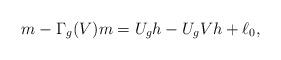
LaTeX: \begin{align*}m-\Gamma_g(V)m=U_gh -U_gVh +\ell_0,\end{align*}